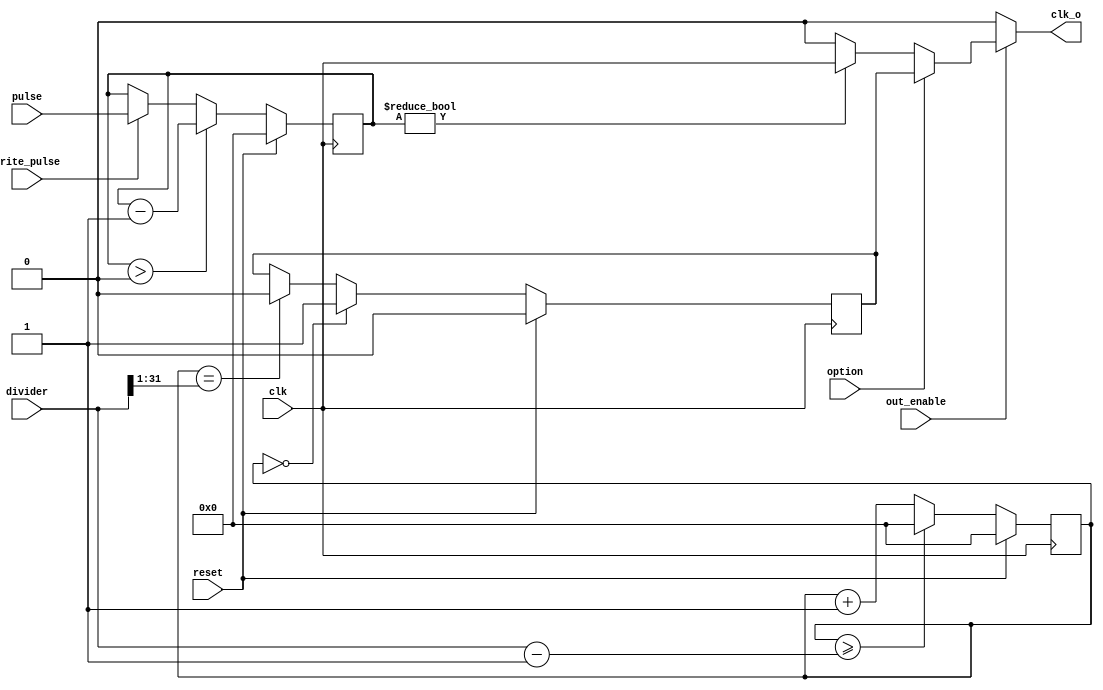
module ClkDivider #(
    parameter COUNTER_BITS = 32,
    parameter PULSE_BITS = 32
)(
    input wire clk,
    input wire reset,
    input wire write_pulse,
    input wire option, // 0 - pulse, 1 - auto
    input wire out_enable, // 0 not, 1 - yes
    input wire [COUNTER_BITS - 1:0] divider,
    input wire [PULSE_BITS - 1:0] pulse,
    output wire clk_o
);

wire clk_o_pulse;
reg clk_o_auto;
reg [COUNTER_BITS - 1:0] clk_counter;
reg [PULSE_BITS - 1:0] pulse_counter;

assign clk_o = (out_enable == 1'b1) ? (option == 1'b0) ? 
    clk_o_pulse : clk_o_auto : 1'b0; // multiplexador da saida

assign clk_o_pulse = (pulse_counter != 32'd0) 
                    ? clk : 1'b0; // liga a saida ao clock enquanto o 
                                // contador de pulsos for maior do que 0

initial begin
    clk_counter = 32'd0;
    clk_o_auto = 1'b0;
    pulse_counter = 32'd0;
end

always @(posedge clk ) begin
    if(reset == 1'b1) begin
        clk_counter <= 32'd0;
        clk_o_auto <= 32'd0;
    end else begin
        if(clk_counter == 0) begin // Gera a parte alta do ciclo de clock de saida
            clk_o_auto <= 1'b1;
            clk_counter <= clk_counter + 1'b1;
        end else if(clk_counter == {1'b0, divider[COUNTER_BITS-1:1]}) begin // Inverte a saida do clock para a parte baixa
            clk_o_auto <= 1'b0;
            clk_counter <= clk_counter + 1'b1;
        end else begin
            clk_counter <= clk_counter + 1'b1; // inclementa o contador
        end

        if(clk_counter >= divider - 1) begin // para o caso em especifico em que a diviso e por 2
            clk_counter <= 32'd0;
        end
    end
end

always @(posedge clk ) begin
    if(reset == 1'b1) begin
        pulse_counter <= 32'd0;
    end else begin
        if(write_pulse == 1'b1) begin
            pulse_counter <= pulse;
        end

        if(pulse_counter > 32'd0) begin
            pulse_counter <= pulse_counter - 1'b1;
        end
    end
end

endmodule